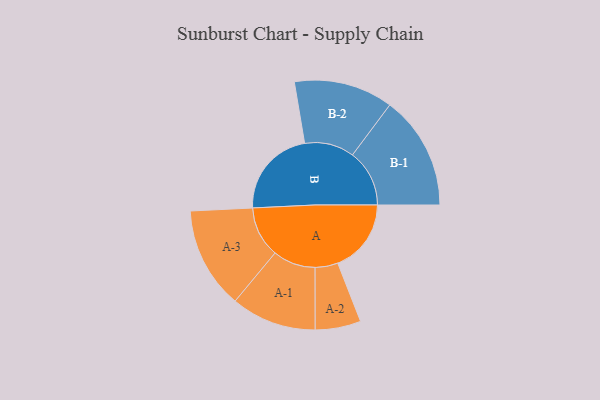
{"axis": {"x": "Segment", "y": "Value"}, "legend": ["", "A", "B"], "data": [{"x": "A", "y": 348, "type": ""}, {"x": "B", "y": 422, "type": ""}, {"x": "A-1", "y": 202, "type": "A"}, {"x": "A-2", "y": 108, "type": "A"}, {"x": "A-3", "y": 241, "type": "A"}, {"x": "B-1", "y": 270, "type": "B"}, {"x": "B-2", "y": 235, "type": "B"}]}